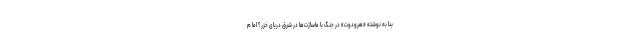
بنا به نوشته «هرودوت» در جنگ با ماساژت‌ها در شرق دریای خزر؟ اما م